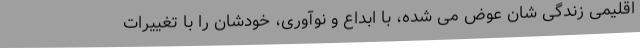
اقلیمی زندگی شان عوض می شده، با ابداع و نوآوری، خودشان را با تغییرات